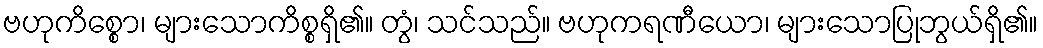
ဗဟုကိစ္စော၊ များသောကိစ္စရှိ၏။ တွံ၊ သင်သည်။ ဗဟုကရဏီယော၊ များသောပြုဘွယ်ရှိ၏။